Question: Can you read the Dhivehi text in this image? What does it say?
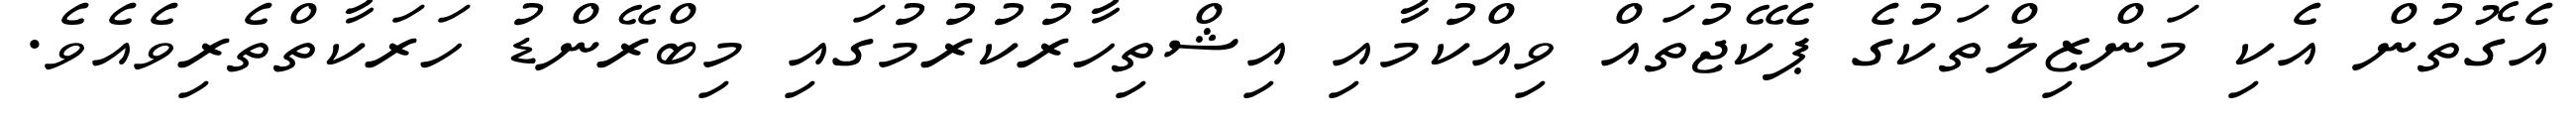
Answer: އެގޮތުން އެކި މަންޒިލްތަކުގެ ޕެކޭޖުތައް ވިއްކުމާއި އިޝްތިހާރުކުރުމުގައި މިބްރޭންޑު ހަރަކާތްތެރިވެއެވެ.